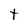
Character: t